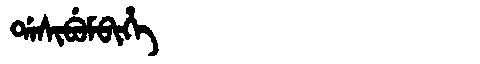
Manchu: ᡩᠠᠰᡳᠪᡠᠮᠪᡳᡥᡝ
Romanization: DASIBUMBIHE